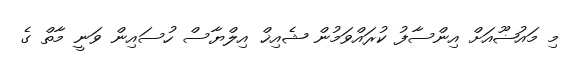
މި މައުޟޫއަށް އިންސާފު ކުރައްވަމުން ޝެއިޚް އިލްޔާސް ހުސައިން ވަނީ މާތް ގެ